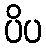
ပိပ